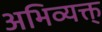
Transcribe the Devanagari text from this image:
अभिव्यक्त्